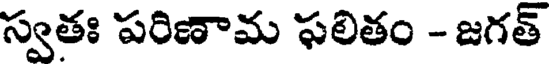
స్వతః పరిణామ ఫలితం - జగత్